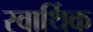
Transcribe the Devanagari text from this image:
स्वार्थिक